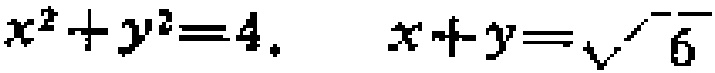
$x^{2}+y^{2}=4,\ x + y=\sqrt{6}$